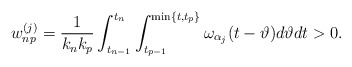
\begin{align*} w_{np}^{(j)} = \frac{1}{k_nk_p}\int_{t_{n-1}}^{t_n}\int_{t_{p-1}}^{\min\{t,t_p\}}\omega_{\alpha_j}(t-\vartheta) d\vartheta dt >0. \end{align*}